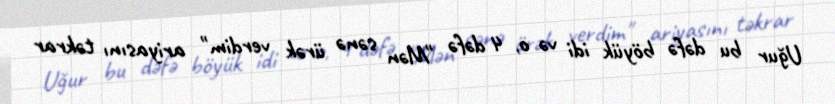
Uğur bu dəfə böyük idi və o, 4 dəfə "Mən sənə ürək verdim" ariyasını təkrar